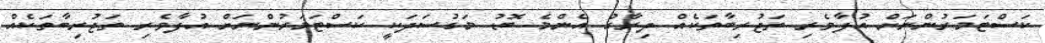
ކަސްޓަމަރުންނަށް އުފާވެރި ތަޖުރިބާތަކެއް ދިރާގު އެންމެ ބޮޑު މަގުސަދަކީ ކަސްޓަމަރުންނަށް އުފާވެރި ތަޖުރިބާތަކެއް